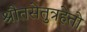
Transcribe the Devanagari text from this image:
श्रौतसेतुत्रहेतो